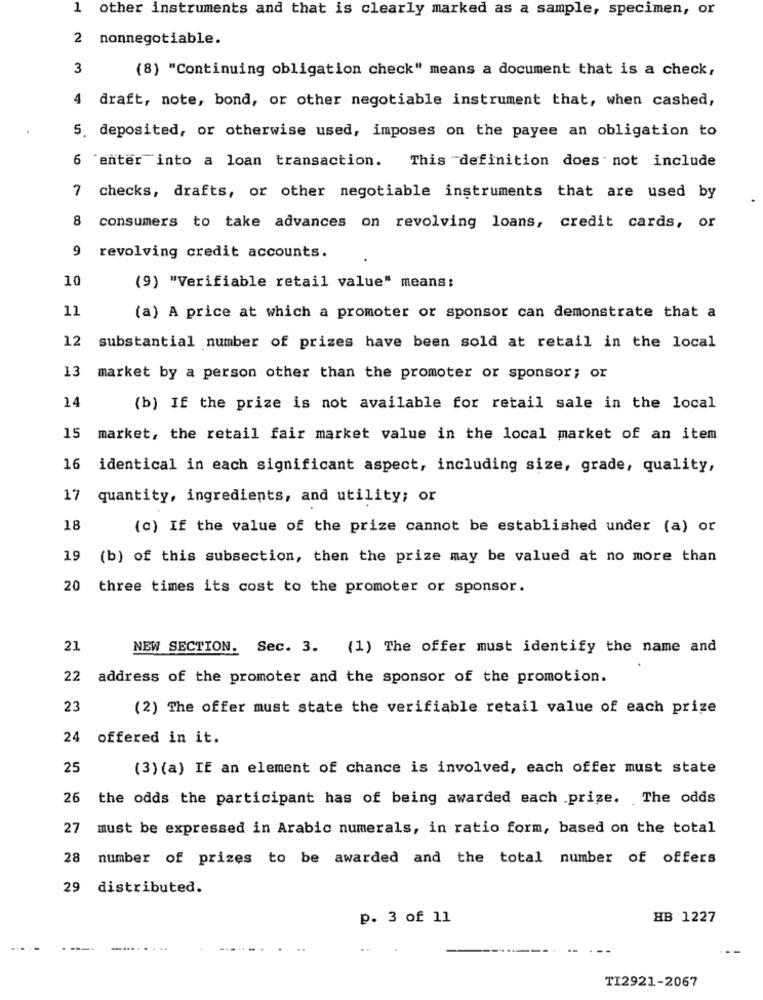
1 other instruments and that is clearly marked as a sample, specimen, or
2 nonnegotiable.
3
(8) "Continuing obligation check" means a document that is a check,
4
draft, note, bond, or other negotiable instrument that, when cashed,
5. deposited, or otherwise used, imposes on the payee an obligation to
6 enter into a loan transaction.
This definition does not include
7
checks, drafts, or other negotiable instruments that are used by
8
consumers to take advances on revolving loans, credit cards, or
9
revolving credit accounts.
10
(9) "Verifiable retail value" means:
11
(a) A price at which a promoter or sponsor can demonstrate that a
12
substantial number of prizes have been sold at retail in the local
13
market by a person other than the promoter or sponsor; or
14
(b) If the prize is not available for retail sale in the local
15
market, the retail fair market value in the local market of an item
16
identical in each significant aspect, including size, grade, quality,
17
quantity, ingredients, and utility; or
18
(c) If the value of the prize cannot be established under (a) or
19
(b) of this subsection, then the prize may be valued at no more than
20
three times its cost to the promoter or sponsor.
21
NEW SECTION. Sec. 3. (1) The offer must identify the name and
22 address of the promoter and the sponsor of the promotion.
23
(2) The offer must state the verifiable retail value of each prize
24 offered in it.
25
(3) (a) If an element of chance is involved, each offer must state
26
the odds the participant has of being awarded each prize. The odds
27
must be expressed in Arabic numerals, in ratio form, based on the total
28
number of prizes to be awarded and the total number of offers
29
distributed.
p. 3 of 11
HB 1227
TI2921-2067